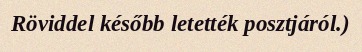
Röviddel később letették posztjáról.)